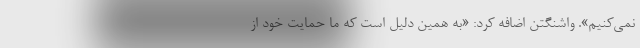
نمی‌کنیم». واشنگتن اضافه کرد: «به همین دلیل است که ما حمایت خود از